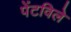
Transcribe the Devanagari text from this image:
पेंटविले